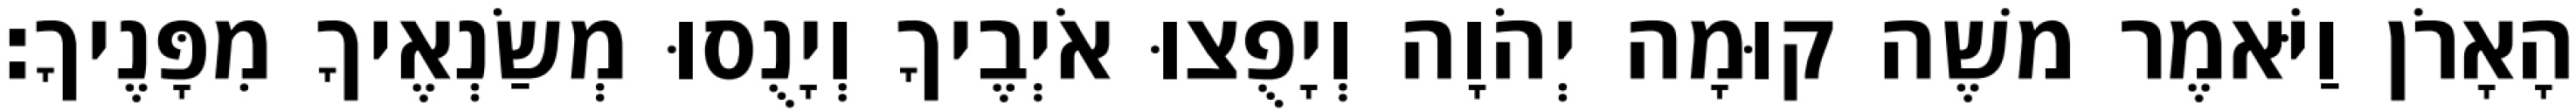
הָאָרֹן וַיֹּאמֶר משֶׁה קוּמָה יְהֹוָה וְיָפֻצוּ אֹיְבֶיךָ וְיָנֻסוּ מְשַׂנְאֶיךָ מִפָּנֶיךָ׃